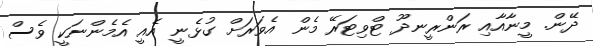
ދޭން. މީނާއާއި ރަންރީނދޫ ޓްވިޓަރޭ މެން އެވަރަށް ގުޅެނީ އެއީ އެމެންނަކީ ވެސް